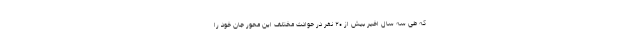
که طی سه سال اخیر بیش از ۲۰ نفر در حوادث مختلف این محور جان خود را